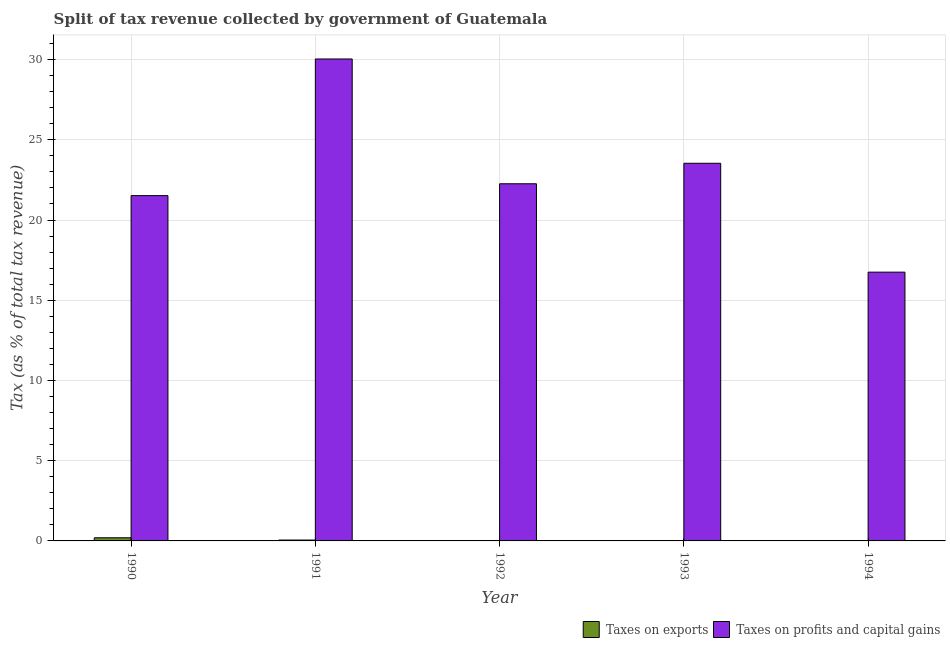
| Year | Taxes on exports | Taxes on profits and capital gains |
 | --- | --- | --- |
 | 1990 | 0.197 | 21.5 |
 | 1991 | 0.0554 | 30 |
 | 1992 | 0.0196 | 22.3 |
 | 1993 | 0.000199 | 23.5 |
 | 1994 | 0.000198 | 16.8 |